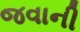
જવાની